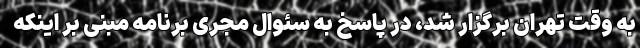
به وقت تهران برگزار شد، در پاسخ به سئوال مجری برنامه مبنی بر اینکه